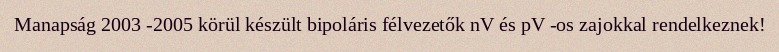
Manapság 2003 -2005 körül készült bipoláris félvezetők nV és pV -os zajokkal rendelkeznek!